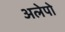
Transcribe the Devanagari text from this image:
अलेपो